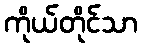
ကိုယ်တိုင်သာ